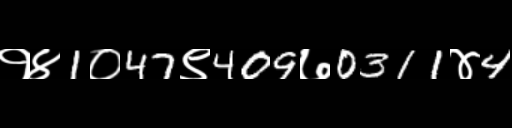
Text: १४1०47९409७0311४4